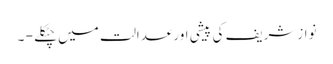
نوازشریف کی پیشی اورعدالت میں چٹکلے - ۔